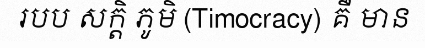
របប សក្តិ ភូមិ (Timocracy) គឺ មាន